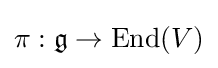
\pi :{\mathfrak {g}}\rightarrow \mathrm {End} (V)